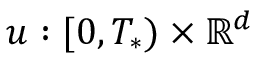
u : [ 0 , T _ { * } ) \times \mathbb { R } ^ { d }